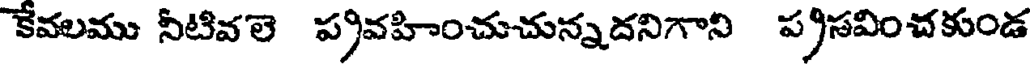
కేవలము నీటివలె ప్రవహించుచున్నదనిగాని ప్రసవించకుండ